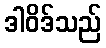
ဒါဝိဒ်သည်